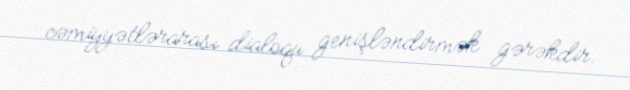
cəmiyyətlərarası dialoqu genişləndirmək gərəkdir.